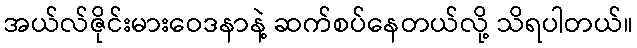
အယ်လ်ဇိုင်းမားဝေဒနာနဲ့ ဆက်စပ်နေတယ်လို့ သိရပါတယ်။